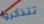
تتذكروا